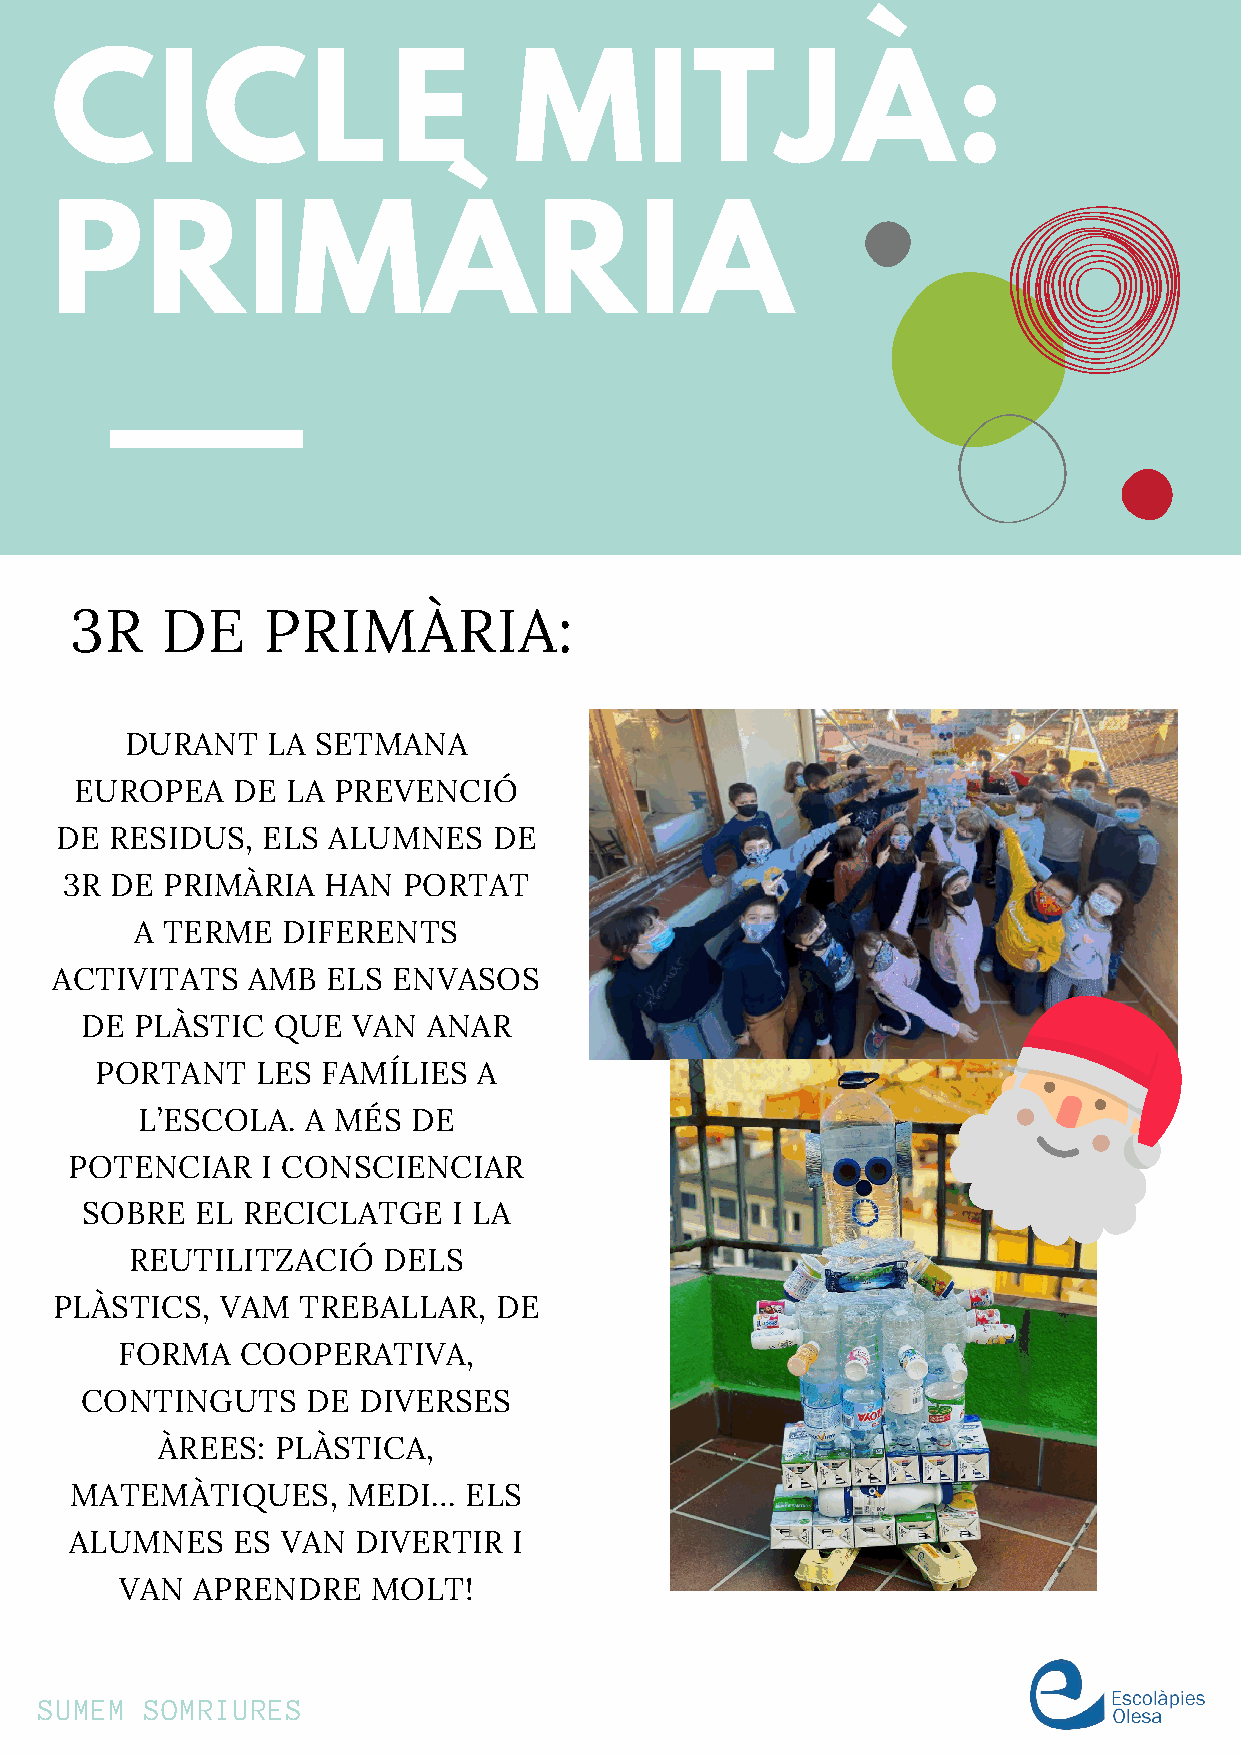
CICLE                          MITJÀ:
 PRIMÀRIA
 3R    DE    PRIMÀRIA:
 DURANT    LA SETMANA
 EUROPEA   DE  LA PREVENCIÓ
 DE RESIDUS,  ELS  ALUMNES    DE
 3R DE  PRIMÀRIA  HAN   PORTAT
 A TERME   DIFERENTS
 ACTIVITATS   AMB   ELS ENVASOS
 DE  PLÀSTIC  QUE  VAN  ANAR
 PORTANT    LES FAMÍLIES   A
 L’ESCOLA.  A MÉS  DE
 POTENCIAR   I CONSCIENCIAR
 SOBRE   EL RECICLATGE    I LA
 REUTILITZACIÓ   DELS
 PLÀSTICS,  VAM  TREBALLAR,   DE
 FORMA   COOPERATIVA,
 CONTINGUTS     DE  DIVERSES
 ÀREES:  PLÀSTICA,
 MATEMÀTIQUES,     MEDI…   ELS
 ALUMNES   ES  VAN  DIVERTIR  I
 VAN  APRENDRE    MOLT!
 SUMEM  SOMRIURES